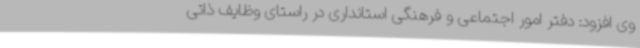
وی افزود: دفتر امور اجتماعی و فرهنگی ‌استانداری در راستای وظایف ذاتی